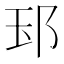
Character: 𨚝